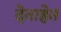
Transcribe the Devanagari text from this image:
देताहेत